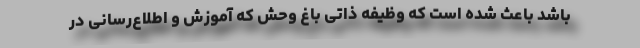
باشد باعث شده است که وظیفه ذاتی باغ وحش که آموزش و اطلاع‌رسانی در